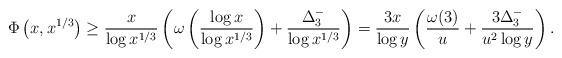
LaTeX: \begin{align*}\Phi\left(x,x^{1/3}\right)\ge\frac{x}{\log x^{1/3}}\left(\omega\left(\frac{\log x}{\log x^{1/3}}\right)+\frac{\Delta_3^-}{\log x^{1/3}}\right)=\frac{3x}{\log y}\left(\frac{\omega(3)}{u}+\frac{3\Delta_3^-}{u^2\log y}\right).\end{align*}